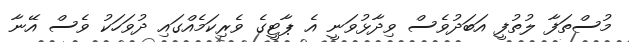
މުސްތަފާ ލުތުފީ އަބަދުވެސް ވިދާޅުވަނީ އެ ޕާޓީގެ ވެރިކަމެއްގައި ދުވަހަކު ވެސް އޭނާ